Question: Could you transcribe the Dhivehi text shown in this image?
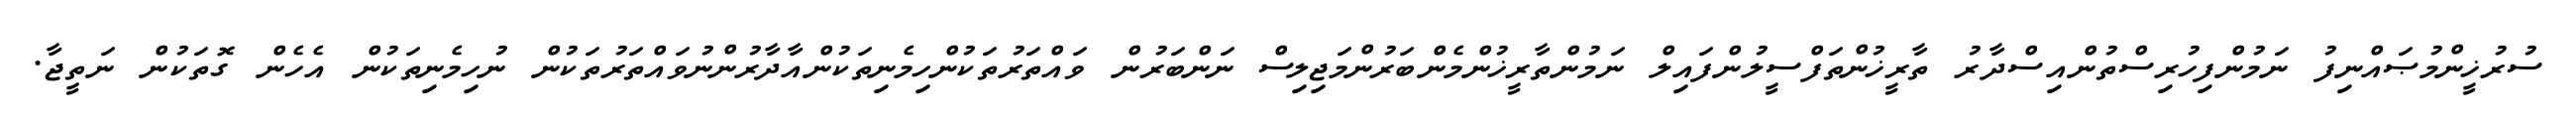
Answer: ސުރުޚީންމުޞައްނިފު ނަމުންފިހުރިސްތުންއިސްދާރު ތާރީޚުންތަފްސީލުންފައިލް ނަމުންތާރީޚުންމެންބަރުންމަޖިލިސް ނަންބަރުން ވައްތަރުތަކުންހިމެނިތަކުންއާދާރުންނުވައްތަރުތަކުން ނުހިމެނިތަކުން އެހެން ގޮތަކުން ނަތީޖާ.